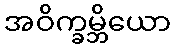
အဝိက္ခမ္ဘိယော